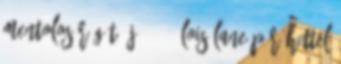
mentolos rágót, jó? ” - Lois Lane Pár héttel